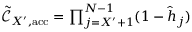
\begin{array} { r } { \tilde { \mathcal { C } } _ { X ^ { \prime } , \mathrm { a c c } } = \prod _ { j = X ^ { \prime } + 1 } ^ { N - 1 } ( 1 - \hat { h } _ { j } ) } \end{array}